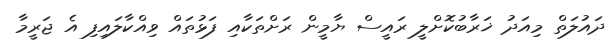
ދައުލަތް މިއަދު ޚަރާބުކޮށްލީ ރައީސް ޔާމީން ރަށްތަކާއި ފަޅުތައް ވިއްކާލައިފި އެ ޖަރީމާ